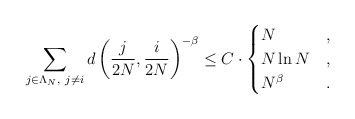
\begin{align*}\sum_{j \in \Lambda_{ N},\ j \neq i} d\left(\frac{ j }{ 2N} , \frac{ i}{ 2N}\right)^{ - \beta}\leq C\cdot\begin{cases} N& ,\\N\ln N& ,\\N^{ \beta}& .\end{cases}\end{align*}